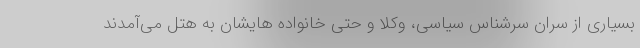
بسیاری از سران سرشناس سیاسی، وکلا و حتی خانواده هایشان به هتل می‌آمدند